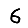
Digit: 6